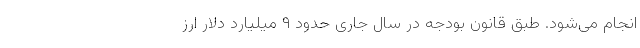
انجام می‌شود. طبق قانون بودجه در سال جاری حدود ۹ میلیارد دلار ارز